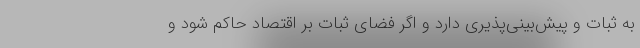
به ثبات و پیش‌بینی‌پذیری دارد و اگر فضای ثبات بر اقتصاد حاکم شود و